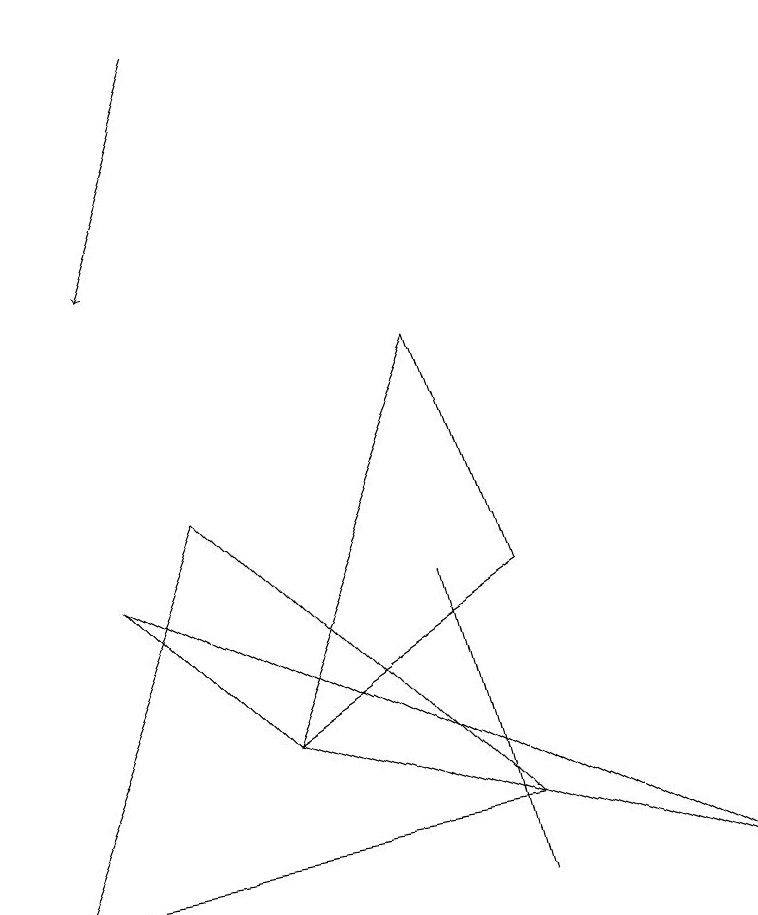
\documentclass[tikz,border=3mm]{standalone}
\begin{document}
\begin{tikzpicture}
\draw (6,3) -- (0,2) -- (2,7) -- cycle;
\draw (5,6) -- (5,6) -- (6,2) -- cycle;
\draw[->] (2,13) -- (1,10);
\draw (5,9) -- (3,4) -- (6,6) -- cycle;
\draw (1,6) -- (3,4) -- (9,2) -- cycle;
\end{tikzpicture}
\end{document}